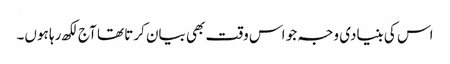
اس کی بنیادی وجہ جو اس وقت بھی بیان کرتا تھا آج لکھ رہا ہوں۔